system: You are a helpful assistant.
user:
Analyze the provided spectrum to determine if it is a **"Cataclysmic Variables (CV)"**.

- **Key Indicators for CV (Check for either state):**
    - **State 1: Quiescent / Low-State (Emission-Dominated)**
        - **(Primary):** Strong and *very broad* Hydrogen Balmer emission lines (e.g., $H\alpha$ at 6563 Å, $H\beta$ at 4861 Å). The 'broadness' (high velocity dispersion, often FWHM > 1000 km/s) is the key diagnostic, indicating a high-velocity accretion disk.
        - **(Secondary):** Broad neutral Helium (He I) emission lines (e.g., 5876 Å, 6678 Å).
        - **(Key Confirmation):** Presence of high-excitation *ionized* Helium (He II) emission at 4686 Å. This is a strong indicator of accretion onto a white dwarf.
        - **(Line Profile):** Emission lines may exhibit a 'double-peaked' profile, which is a classic signature of a rotating accretion disk viewed at high inclination.

    - **State 2: Outburst / High-State (Absorption-Dominated)**
        - **(Primary):** Spectrum is dominated by a bright, blue continuum (looks like a hot star).
        - **(Secondary):** The emission lines from State 1 are weak, absent, or 'filled in', and are replaced by broad, shallow *absorption* lines (primarily Balmer and He I).
        - **(Morphology):** The overall spectrum mimics a hot B/A-type star. The crucial difference is that the absorption lines are significantly broader, shallower, and more 'washed-out' (or 'smeared') than the sharp lines of a normal stellar photosphere, due to high rotational speeds and pressure broadening in the disk.

Think first, call **spectral_visualization_tool** if needed to examine features in detail, then provide your final answer. Your response must adhere to the following strict rules:
1.  **Overall Structure:** Your response must follow the format `<think>...</think> <tool_call>...</tool_call> (if a tool is used) <answer>...</answer>`.
2.  **Tool Usage Constraint:** You may only make **one** tool call per turn.
3.  **Final Answer Format:** In the `<answer>` tag, your conclusion must be inside a `\boxed{}` command (e.g., `\boxed{YES}`), followed by your justification.

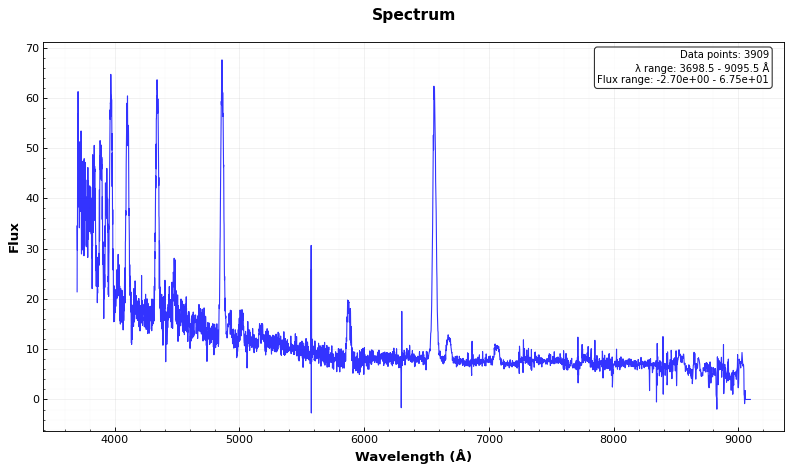
Answer: YES